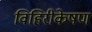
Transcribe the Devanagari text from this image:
विहिरीकेषण